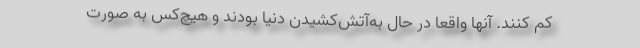
کم کنند. آنها واقعا در حال به‌‌آتش‌کشیدن دنیا بودند و هیچ‌کس به صورت